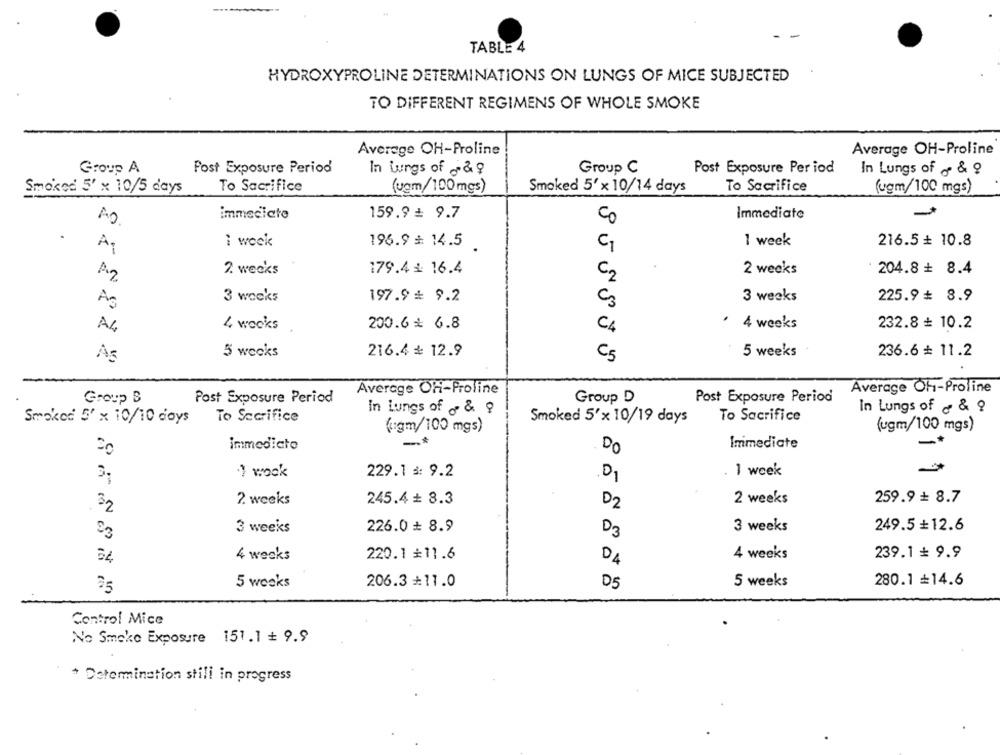
TABLE 4
HYDROXYPROLINE DETERMINATIONS ON LUNGS OF MICE SUBJECTED
TO DIFFERENT REGIMENS OF WHOLE SMOKE
Average OH-Proline
Average OH-Proline
Group A
Post Exposure Period
In lungs of 28
Group C
Post Exposure Period
In Lungs of &?
To Sacrifice
(ugm/100mgs)
Smoked 5' x 10/14 days
To Sacrifice
Smoked 5' x 10/5 days
(ugm/100 mgs)
immediate
159.9 = 9.7
Immediate
1 week
216.5 + 10.8
A1
i wock
196.9 # 14.5
2. wecks
179.4 1: 16.4
2 weeks
204.8 + 8.4
Az
C2
3 wocks
197.9 9.2
C3
3 weeks
225.9 8.9
Ag
.
A4
4 weeks
200.6* 6.8
C4
4 weeks
232.8 + 10.2
5 weeks
216.4 ₺ 12.9
C5
5 weeks
236.6 + 11.2
As
Average OH-Proline
Average Oh-Proline
Group B
Post Exposure Period
Group D
Post Exposure Period
in lungs of 08 8
In Lungs of &?
Smoked 5' x 10/10 days
To Sacrifice
Smoked 5'x 10/19 days
To Sacrifice
(gm/100 mgs)
(ugm/100 mgs)
-*
Immediate
immediato
DO
1 wock
229.1 3: 9.2
. 1 week
01
259.9 + 8.7
2 weeks
245.4 + 8.3
D2
2 weeks
32
3 weeks
226.0 # 8.9
3 weeks
249.5 +12.6
D3
4 weeks
220.1 #11.6
4 weeks
239.1 # 9.9
D4
280.1 =14.6
35
5 weeks
206.3 *11.0
D5
5 weeks
Control Mice
No Smoke Exposure 151.1 = 9.9
* Determination stili in progress